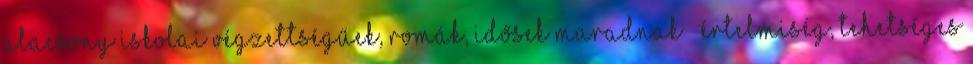
alacsony iskolai végzettségűek, romák, idősek maradnak – értelmiség, tehetséges